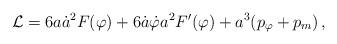
LaTeX: \begin{align*}{\cal L} = 6a{\dot{a}}^{2} F(\varphi) + 6{\dot{a}}{\dot{\varphi}}a^{2}F'(\varphi) + a^{3}(p_{\varphi} + p_m) \,,\end{align*}